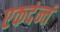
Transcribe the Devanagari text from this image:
एकदंन्तं